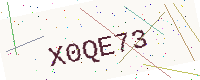
Text: X0QE73